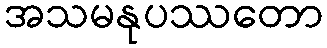
အသမနုပဿတော